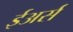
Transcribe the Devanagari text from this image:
ईअर्स